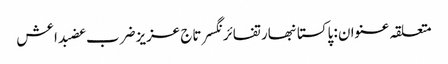
متعلقہ عنوان : پاکستانبھارتفائرنگسرتاج عزیزضرب عضبداعش